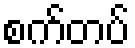
စက်တပ်